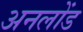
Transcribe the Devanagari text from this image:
अनलोंड